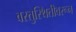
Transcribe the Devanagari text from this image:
वस्तुस्थितीवरून